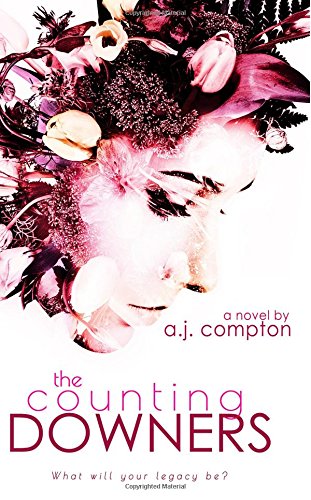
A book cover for The Counting-Downers; A.J. Compton; Science Fiction & Fantasy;